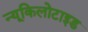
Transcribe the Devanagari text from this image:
न्यूकिलोटाइड